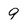
Character: 9